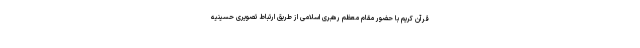
قرآن کریم با حضور مقام معظم رهبری اسلامی از طریق ارتباط تصویریِ حسینیه